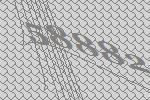
58882